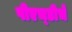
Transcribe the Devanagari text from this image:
पीएच्‌डीचे